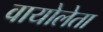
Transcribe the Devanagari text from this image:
वायोलेता